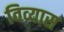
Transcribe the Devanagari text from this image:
विव्यास